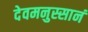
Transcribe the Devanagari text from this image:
देवमनुस्सानं